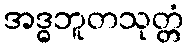
အဒ္ဓဘူတသုတ္တံ